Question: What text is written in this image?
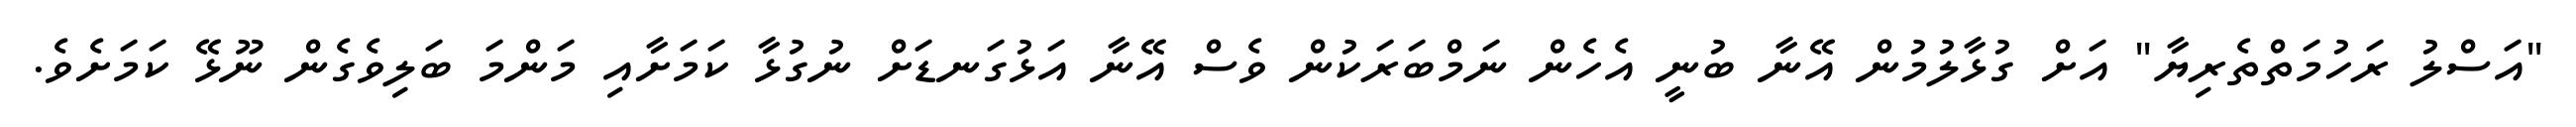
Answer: "އަސްލު ރަހުމަތްތެރިޔާ" އަށް ގުޅާލުމުން އޭނާ ބުނީ އެހެން ނަމްބަރަކުން ވެސް އޭނާ އަޅުގަނޑަށް ނުގުޅާ ކަމަށާއި މަންމަ ބަލިވެގެން ނޫޅޭ ކަމަށެވެ.